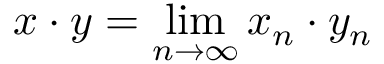
x \cdot y = \operatorname* { l i m } _ { n \to \infty } x _ { n } \cdot y _ { n }